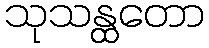
သုသန္ထတော